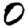
Digit: 0